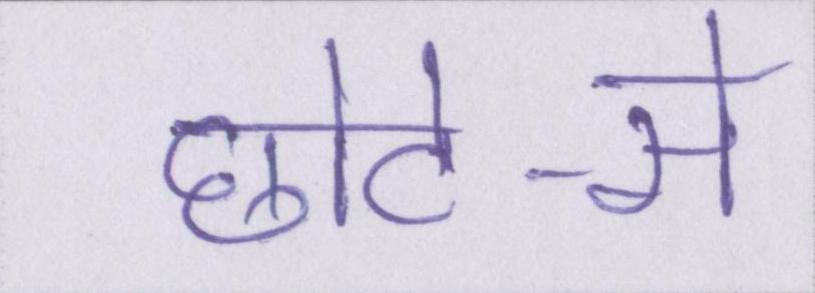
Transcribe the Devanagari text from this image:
छोटे-से